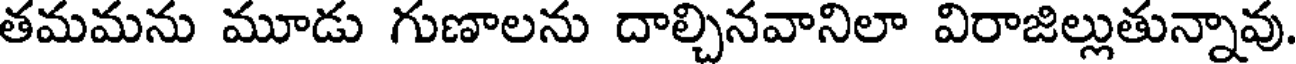
తమమను మూడు గుణాలను దాల్చినవానిలా విరాజిల్లుతున్నావు